Civil Veterinary Department. Madras. Admin. report 1926-33 - 1926-1933
Year: 1926
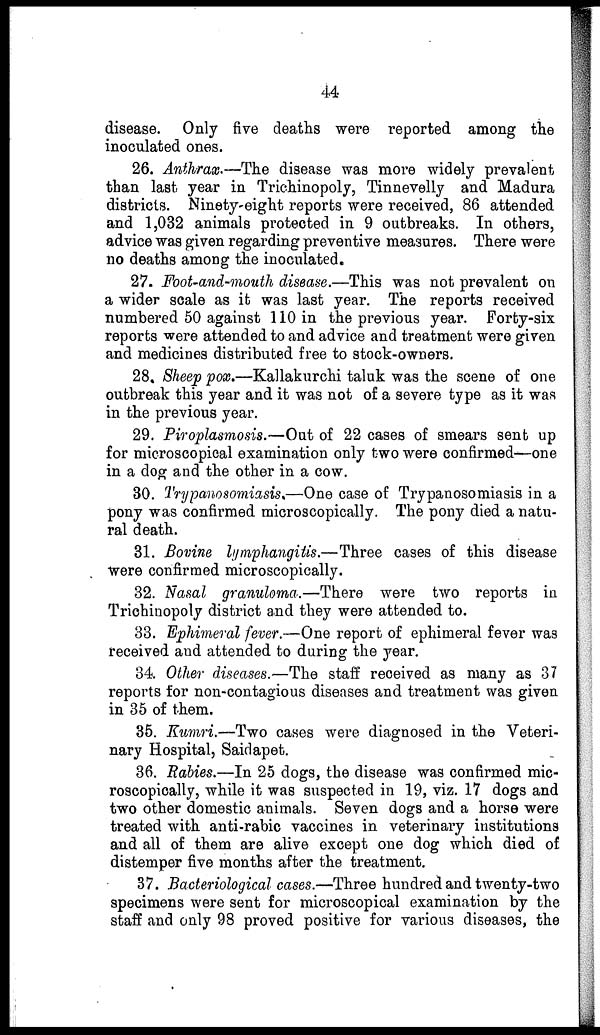
44
disease. Only five deaths were reported among the
inoculated ones.
26. Anthrax.—The disease was more widely prevalent
than last year in Trichinopoly, Tinnevelly and Madura
districts. Ninety-eight reports were received, 86 attended
and 1,032 animals protected in 9 outbreaks. In others,
advice was given regarding preventive measures. There were
no deaths among the inoculated.
27. Foot-and-mouth disease.—This was not prevalent on
a wider scale as it was last year. The reports received
numbered 50 against 110 in the previous year. Forty-six
reports were attended to and advice and treatment were given
and medicines distributed free to stock-owners.
28. Sheep pox.—Kallakurchi taluk was the scene of one
outbreak this year and it was not of a severe type as it was
in the previous year.
29. Piroplasmosis.—Out of 22 cases of smears sent up
for microscopical examination only two were confirmed—one
in a dog and the other in a cow.
30. Trypanosomiasis.—One case of Trypanosomiasis in a
pony was confirmed microscopically. The pony died a natu-
ral death.
31. Bovine lymphangitis.—Three cases of this disease
were confirmed microscopically.
32. Nasal granuloma.—There
were two reports in
Trichinopoly district and they were attended to.
33. Ephimeral fever.—One report of ephimeral fever was
received and attended to during the year.
34. Other diseases.—The staff received as many as 37
reports for non-contagious diseases and treatment was given
in 35 of them.
35. Kumri.—Two cases were diagnosed in the Veteri-
nary Hospital, Saidapet.
36. Rabies.—In 25 dogs, the disease was confirmed mic-
roscopically, while it was suspected in 19, viz. 17 dogs and
two other domestic animals. Seven dogs and a horse were
treated with anti-rabic vaccines in veterinary institutions
and all of them are alive except one dog which died of
distemper five months after the treatment.
37. Bacteriological cases.—Three hundred and twenty-two
specimens were sent for microscopical examination by the
staff and only 98 proved positive for various diseases, the